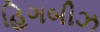
હિગબીઝ